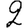
Digit: 2